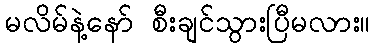
မလိမ်နဲ့နော် စီးချင်သွားပြီမလား။